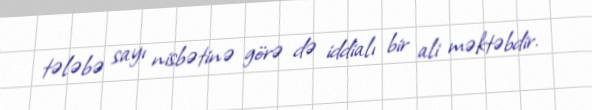
tələbə sayı nisbətinə görə də iddialı bir ali məktəbdir.